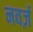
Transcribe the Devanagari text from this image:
नवर्ज़